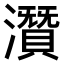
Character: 𤂯